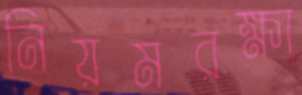
নিয়মরক্ষা